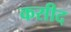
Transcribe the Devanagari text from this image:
कसीद